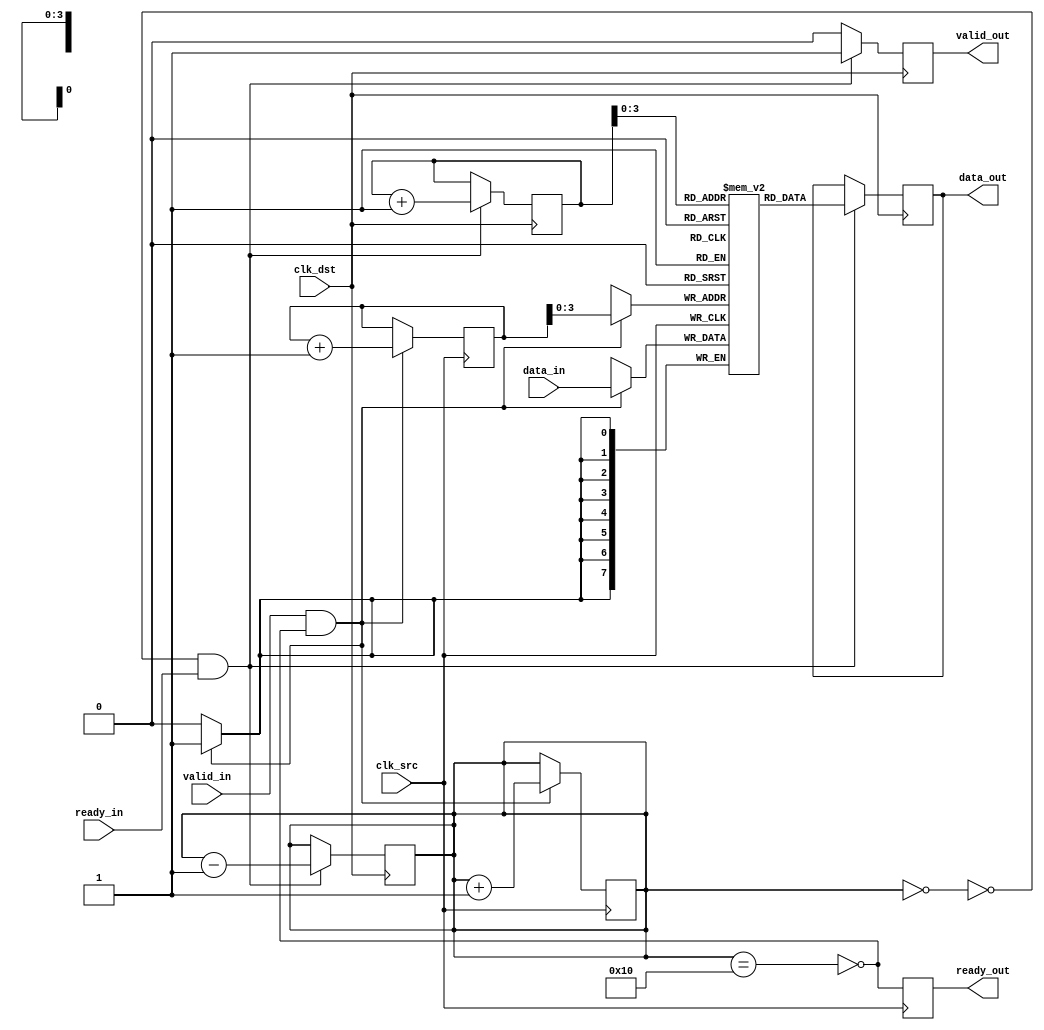
module MemoryBlocksPipelineSynchronizer #(
    parameter DATA_WIDTH = 8,
    parameter FIFO_DEPTH = 16
)(
    input wire clk_src,                  // Source clock
    input wire clk_dst,                  // Destination clock
    input wire [DATA_WIDTH-1:0] data_in, // Data input from upstream
    input wire valid_in,                 // Valid signal from upstream
    output reg ready_out,                // Ready signal for upstream
    output reg [DATA_WIDTH-1:0] data_out, // Data output to downstream
    output reg valid_out,                // Valid signal to downstream
    input wire ready_in                   // Ready signal from downstream
);

    // FIFO buffer and pointers
    reg [DATA_WIDTH-1:0] fifo [0:FIFO_DEPTH-1];
    reg [4:0] write_ptr; // 5 bits for FIFO_DEPTH = 16
    reg [4:0] read_ptr;
    reg [4:0] fifo_count; // Number of items in FIFO

    // Full and empty flags
    wire fifo_full = (fifo_count == FIFO_DEPTH);
    wire fifo_empty = (fifo_count == 0);

    // Write logic (on source clock)
    always @(posedge clk_src) begin
        if (valid_in && !fifo_full) begin
            fifo[write_ptr] <= data_in; // Write data to FIFO
            write_ptr <= write_ptr + 1; // Increment write pointer
            fifo_count <= fifo_count + 1; // Increment FIFO count
        end
        ready_out <= !fifo_full; // Indicate if FIFO is ready to accept data
    end

    // Read logic (on destination clock)
    always @(posedge clk_dst) begin
        if (!fifo_empty && ready_in) begin
            data_out <= fifo[read_ptr]; // Read data from FIFO
            read_ptr <= read_ptr + 1; // Increment read pointer
            fifo_count <= fifo_count - 1; // Decrement FIFO count
            valid_out <= 1; // Indicate valid data output
        end else begin
            valid_out <= 0; // No valid data if FIFO is empty
        end
    end

    // Reset logic (optional, not specified in the description)
    initial begin
        write_ptr = 0;
        read_ptr = 0;
        fifo_count = 0;
        valid_out = 0;
        ready_out = 1; // Initially ready to accept data
    end

endmodule